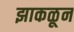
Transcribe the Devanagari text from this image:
झाकळून